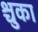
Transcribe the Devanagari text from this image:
श्चुका